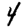
Digit: 4